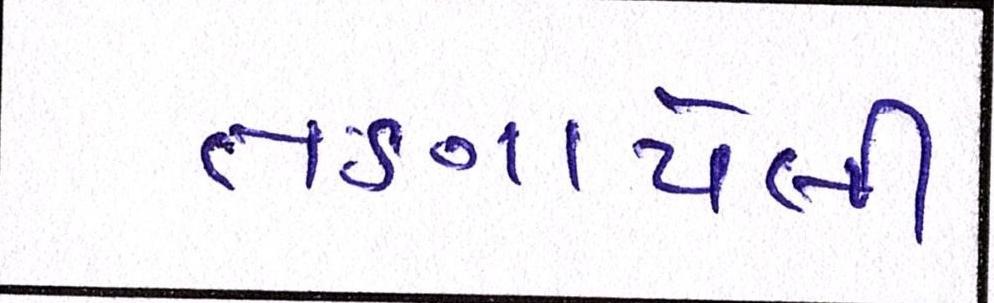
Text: તણાયેલી